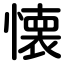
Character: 懐